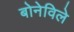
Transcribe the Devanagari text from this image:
बोनेविले